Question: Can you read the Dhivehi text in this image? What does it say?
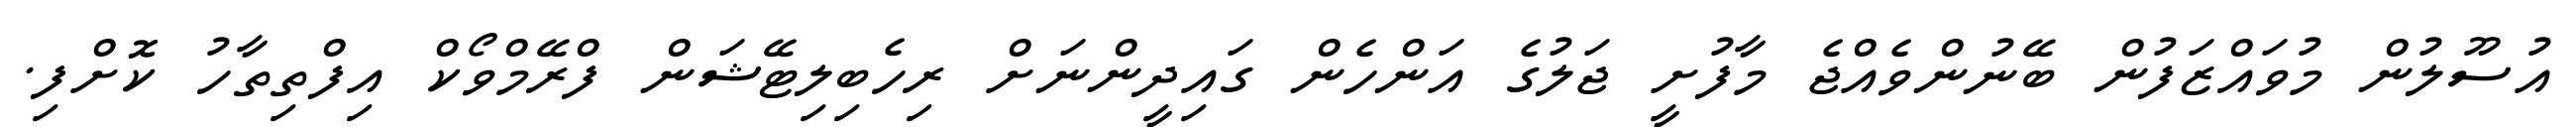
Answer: އުސޫލުން މުވައްޒަފުން ބޭނުންވެއްޖެ މާފުށީ ޖަލުގެ އަންހެން ގައިދީންނަށް ރިހެބިލިޓޭޝަން ފްރޭމްވޯކް އިފްތިތާހު ކޮށްފި.